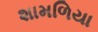
શામળિયા